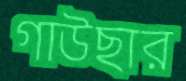
গাউছার